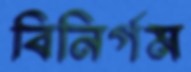
বিনির্গম